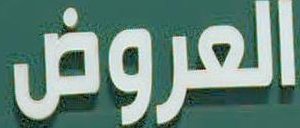
العروض